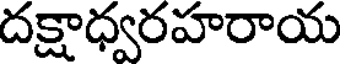
దక్షాధ్వరహరాయ